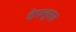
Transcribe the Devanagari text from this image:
देगलुरात